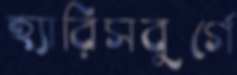
হ্যারিসবুর্গে